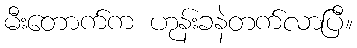
မီးတောက်က ဟုန်းခနဲတက်လာပြီ။